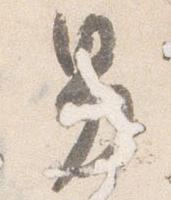
男